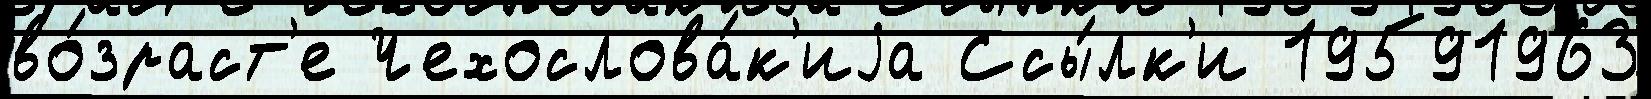
во́зраст'е Чехослова́к'иjа Ссы́лк'и 19591963